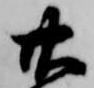
廿